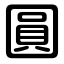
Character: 圓